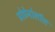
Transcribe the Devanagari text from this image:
प्रोप्रेनोलॉल